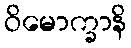
ဝိမောက္ခာနိ